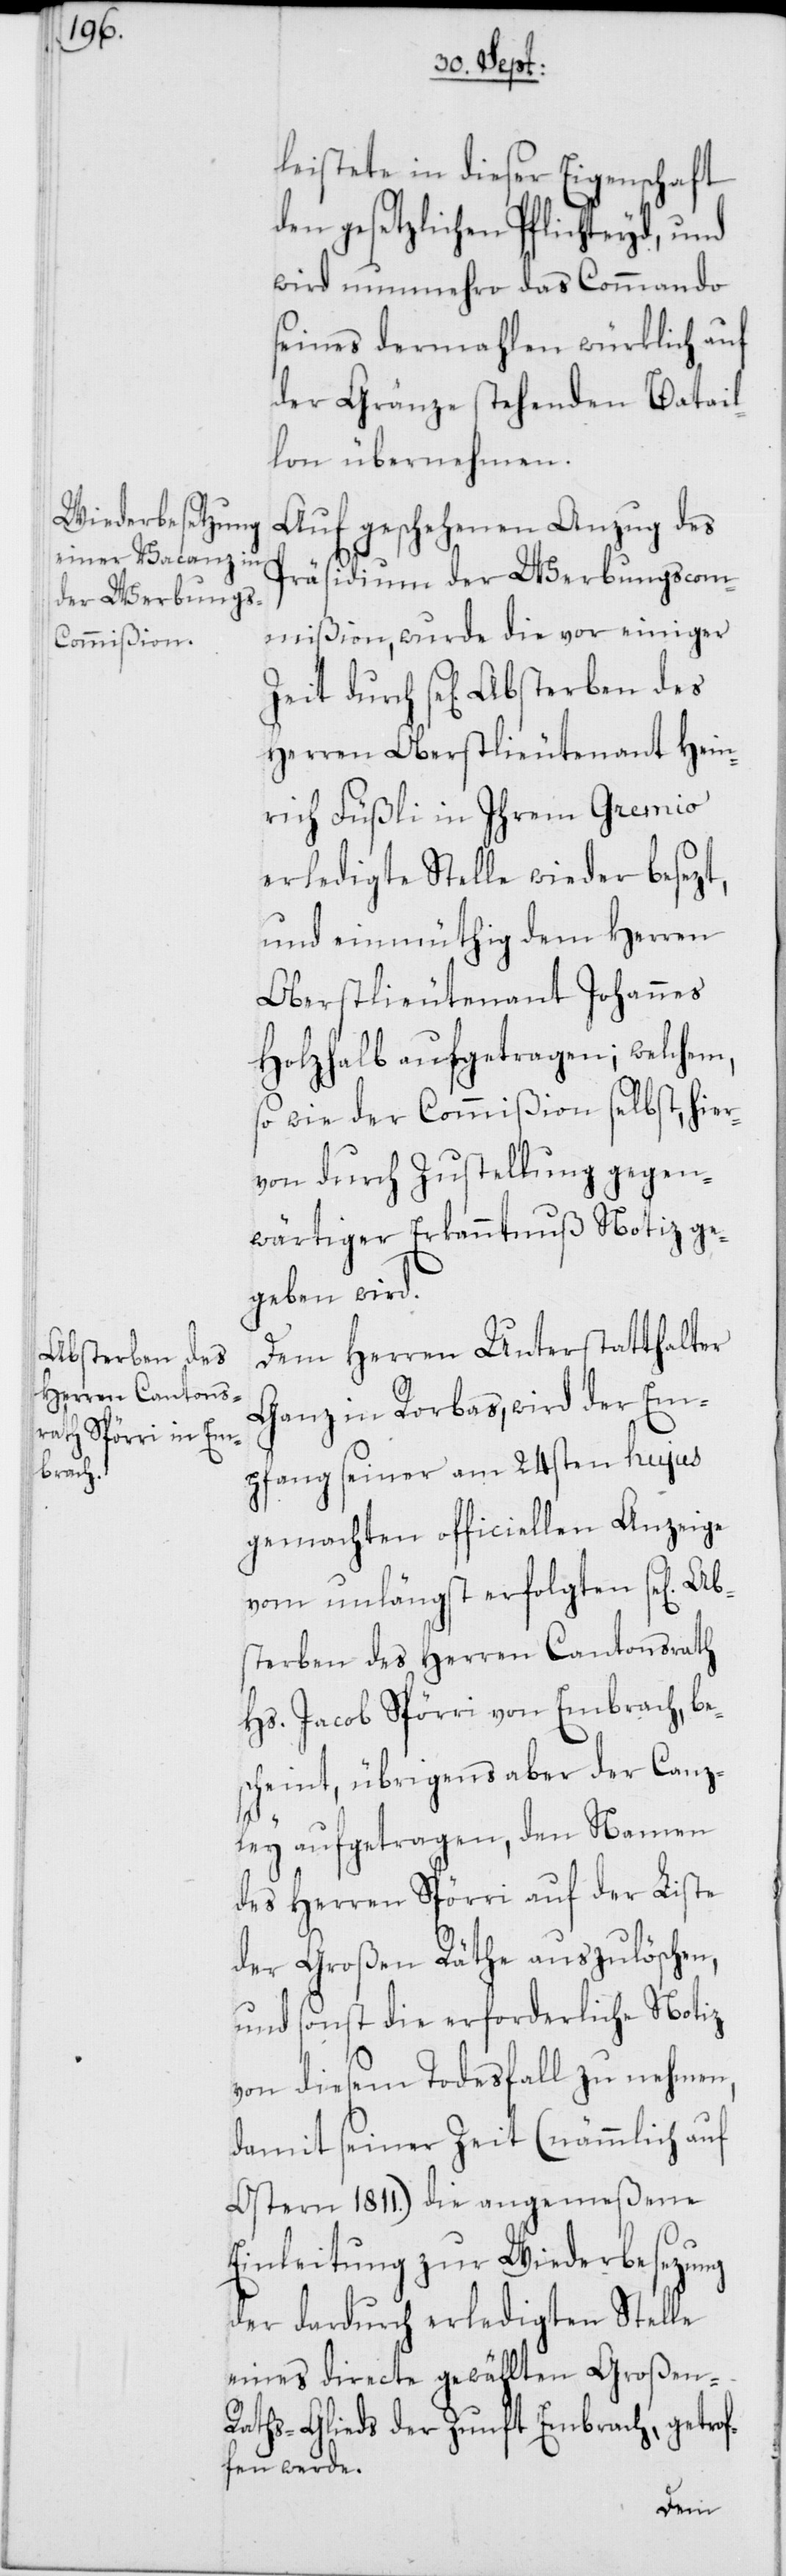
Absterben des

gen] Abst¬
leistete in dieser Eigenschaft
den gesetzlichen Pflichteyd, und
wird nunmehro das Commando
seines dermahlen würklich auf
der Gränze stehenden Batail¬
lon übernehmen.
Auf geschehenen Anzug des
Präsidium der Werbungscom¬
mißion, wurde die vor einiger
Herren Oberstlieutenant Hein¬
rich Füßli in Ihrem Gremio
erledigte Stelle wieder besezt,
und einmüthig dem Herren
Oberstlieutenant Johannes
Holzhalb aufgetragen; welchem,
so wie der Commißion selbst, hier¬
von durch Zustellung gegen¬
wärtiger Erkanntnuß Notiz ge¬
geben wird.
Dem Herren Unterstatthalter
Ganz in Rorbas, wird der Em¬
pfang seiner am 24sten hujus
gemachten officiellen Anzeige
vom unlängst erfolgten se[li¬
erben des Herren Cantonsrath
Hs. Jacob Spörri von Embrach, be¬
scheint, übrigens aber der Canz¬
ley aufgetragen, den Namen
des Herren Spörri auf der Liste
der Großen Räthe auszulöschen,
und sonst die erforderliche Notiz
von diesem Todesfall zu nehmen,
damit seiner Zeit (nämmlich auf
Ostern 1811.) die angemeßene
Einleitung zur Wiederbesezung
der dardurch erledigten Stelle
eines directe gewählten Großen-R¬
aths-Glieds der Zunft Embrach, getrof¬
fen werden.